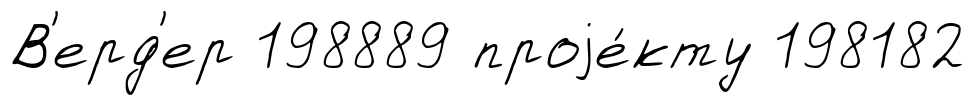
В'ерд'ер 198889 проjе́кту 198182